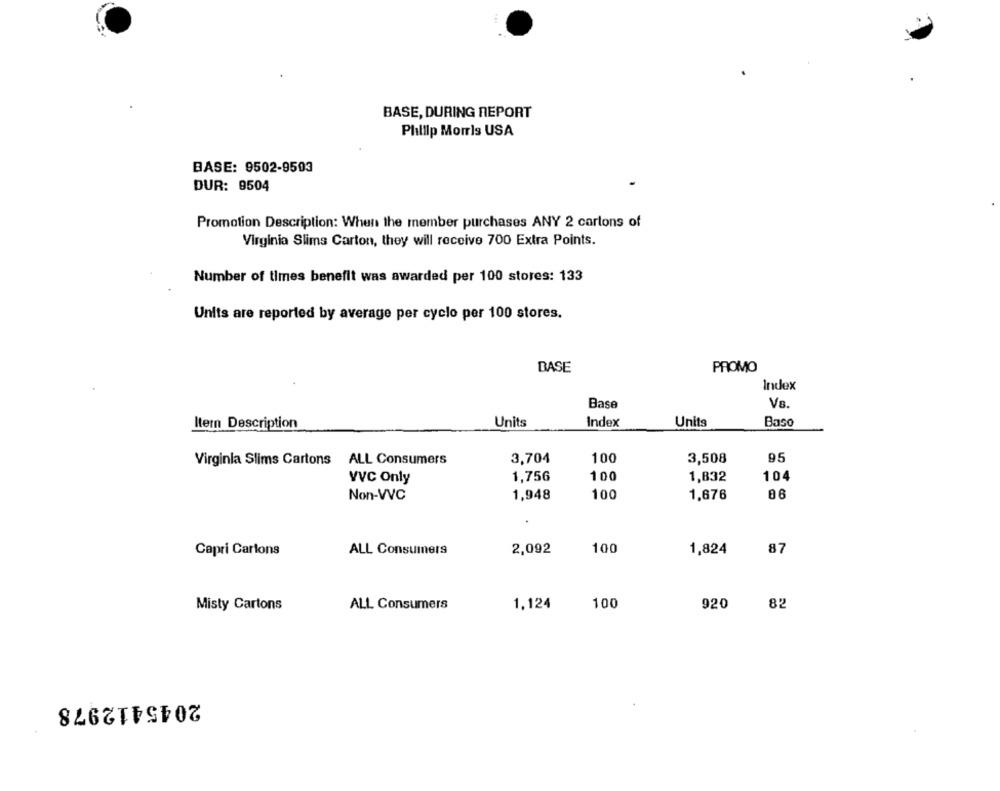
...
BASE, DURING REPORT
Phillip Morris USA
BASE: 9502-9503
DUR: 9504
Promotion Description: When the member purchases ANY 2 cartons of
Virginia Slims Carton, they will receive 700 Extra Points.
Number of times benefit was awarded per 100 stores: 133
Units are reported by average per cyclo per 100 stores.
BASE
PROMO
Index
Base
Itern Description
Units
Index
Units
Baso
3,704
100
3,508
95
Virginla Slims Cartons ALL Consumers
100
VVC Only
1,756
1,832
104
Non-VVC
1,948
100
1,676
86
Capri Cartons
ALL Consumers
2,092
100
1,824
87
Misty Cartons
ALL Consumers
1,124
100
920
82
2045412978